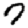
Digit: 7